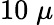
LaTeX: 10\; \mu